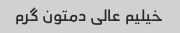
خیلیم عالی دمتون گرم